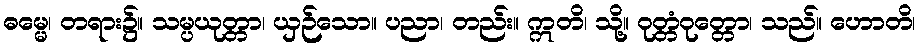
ဓမ္မေ၊ တရား၌။ သမ္ပယုတ္တာ၊ ယှဉ်သော။ ပညာ၊ တည်း။ ဣတိ၊ သို့။ ဝုတ္တံဝုတ္တော၊ သည်။ ဟောတိ၊